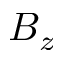
B _ { z }